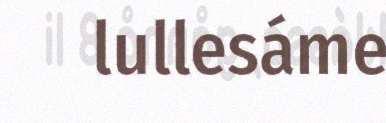
lullesáme